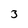
Character: 3